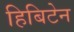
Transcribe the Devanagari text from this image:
हिबिटेन